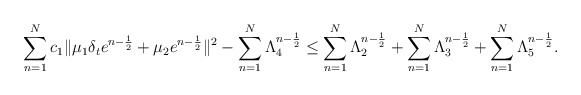
\begin{align*} \sum\limits_{n=1}^{N}c_1\| \mu_1 \delta_t e^{n-\frac{1}{2}}+\mu_2 e^{n-\frac{1}{2}}\|^2-\sum\limits_{n=1}^{N}\Lambda_4^{n-\frac{1}{2}} \leq \sum\limits_{n=1}^{N}\Lambda_2^{n-\frac{1}{2}}+\sum\limits_{n=1}^{N}\Lambda_3^{n-\frac{1}{2}}+\sum\limits_{n=1}^{N}\Lambda_5^{n-\frac{1}{2}}. \end{align*}